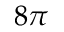
8 \pi